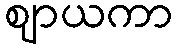
ဈာယကာ